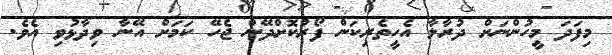
މިފަދަ މީހުންނަށް ދުރާލާ އެހީތެރިކަން ފޯރުކޮށްދޭން ޖެހޭ ކަމަށް އޭނާ ވިދާޅުވި އެވެ.